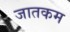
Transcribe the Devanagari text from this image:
जातकम